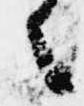
々